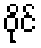
ဝိုင်